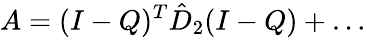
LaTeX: A=(I-Q)^{T}\hat{D}_{2}(I-Q)+\ldots